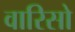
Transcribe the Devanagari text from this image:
वारिसो